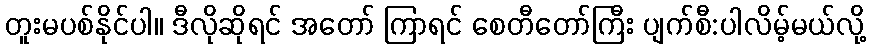
တူးမပစ်နိုင်ပါ။ ဒီလိုဆိုရင် အတော် ကြာရင် စေတီတော်ကြီး ပျက်စီ:ပါလိမ့်မယ်လို့